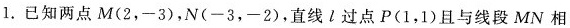
1.已知两点M( 2，-3 )，N( -3，-2 )，直线l过点P( 1，1 )且与线段MN相